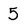
Character: 5